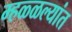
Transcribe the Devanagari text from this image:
म्हळ्ळल्यांत